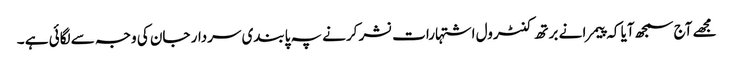
مجھے آج سمجھ آیا کہ پیمرا نے برتھ کنٹرول اشتہارات نشر کرنے پہ پابندی سردار جان کی وجہ سے لگائی ہے ۔